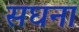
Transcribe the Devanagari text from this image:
सघना